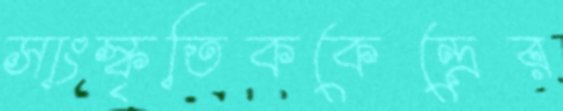
সাংস্কৃতিককেন্দ্রের